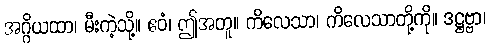
အဂ္ဂိယထာ၊ မီးကဲ့သို့။ ဧဝံ၊ ဤအတူ။ ကိလေသာ၊ ကိလေသာတို့ကို။ ဒဋ္ဌဗ္ဗာ၊